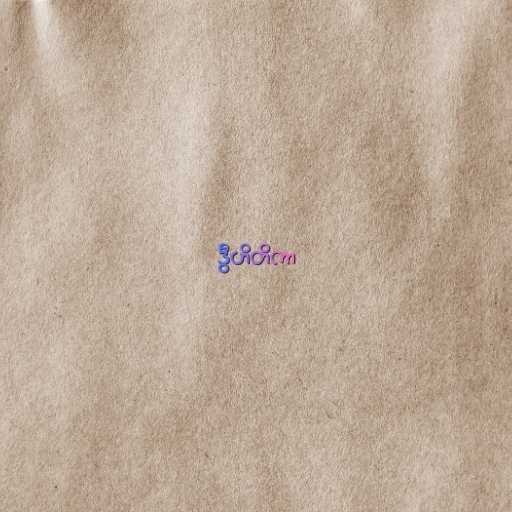
ဒွီဟိတိကာ